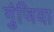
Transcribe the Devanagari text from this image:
गुंजिया